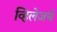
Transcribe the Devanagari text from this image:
व्हिलेजचे